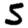
Digit: 5